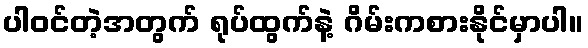
ပါဝင်တဲ့အတွက် ရုပ်ထွက်နဲ့ ဂိမ်းကစားနိုင်မှာပါ။